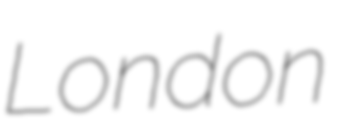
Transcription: London